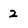
Character: 2